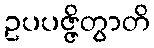
ဥပပဇ္ဇိတွာတိ